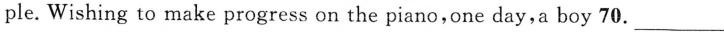
ple. Wishing to make progress on the piano，one day，a boy 70.___